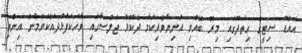
އައްޑޫ ސިޓީގެ ހިތަދޫގައި މިރޭ ބޭއްވި އަނިޔާވެރިކަމާ ދެކޮޅު ޖަލްސާގައި ވާހަކަފުޅުދައްކަވަމުން އިންތި